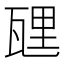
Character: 瓼